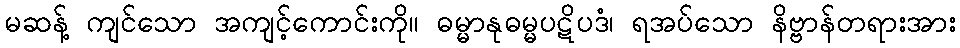
မဆန့် ကျင်သော အကျင့်ကောင်းကို။ ဓမ္မာနုဓမ္မပဋိပဒံ၊ ရအပ်သော နိဗ္ဗာန်တရားအား